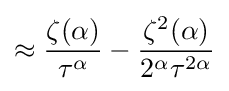
\approx {\frac {\zeta (\alpha )}{\tau ^{\alpha }}}-{\frac {\zeta ^{2}(\alpha )}{2^{\alpha }\tau ^{2\alpha }}}